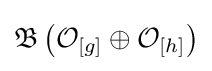
{\mathfrak {B}}\left({\mathcal {O}}_{[g]}\oplus {\mathcal {O}}_{[h]}\right)